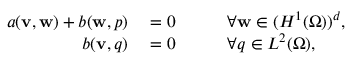
\begin{array} { r l r l } { a ( { \mathbf v } , { \mathbf w } ) + b ( { \mathbf w } , p ) } & { { } = 0 } & { \quad } & { { } \forall { \mathbf w } \in ( H ^ { 1 } ( \Omega ) ) ^ { d } , } \\ { b ( { \mathbf v } , q ) } & { { } = 0 } & { \quad } & { { } \forall q \in L ^ { 2 } ( \Omega ) , } \end{array}